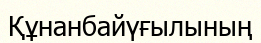
Құнанбайүғылының